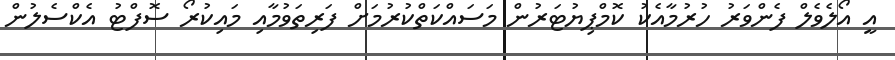
އީ އޯލެވެލް ފެންވަރު ހުރުމާއެކު ކޮމްޕިޔުޓަރުން މަސައްކަތްކުރުމަށް ފަރިތަވުމާއި މައިކުރޯ ސޮފްޓު އެކްސެލުން